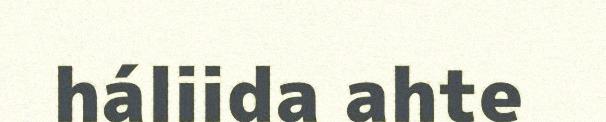
háliida ahte